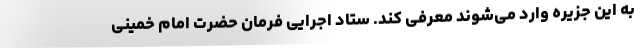
به این جزیره وارد می‌شوند معرفی کند. ستاد اجرایی فرمان حضرت امام خمینی